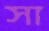
সা